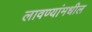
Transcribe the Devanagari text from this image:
लावण्यांमधील